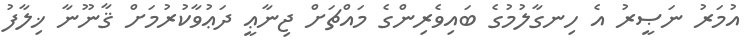
އުމަރު ނަޞީރު އެ ހިނގާލުމުގެ ބައިވެރިންގެ މައްޗަށް ޖިނާޢީ ދަޢުވާކުރުމަށް ޤާނޫނާ ޚިލާފު